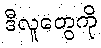
ဒီလူတွေကို